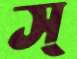
স্